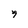
Character: g